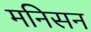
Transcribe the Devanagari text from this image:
मनिसन